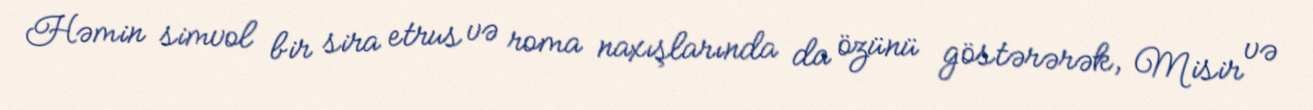
Həmin simvol bir sira etrus və roma naxışlarında da özünü göstərərək, Misir və